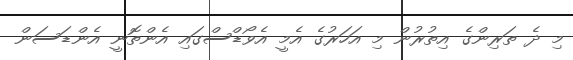
މި ދެ ތަރިންގެ އިތުރުން މި އަހަރުގެ އެމީ އެވޯޑްސްގައި އެންތޮނީ އެންޑަސަން